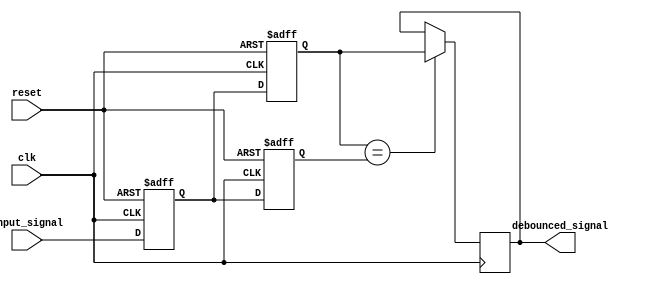
module debounce_circuit(
    input clk,
    input reset,
    input input_signal,
    output reg debounced_signal
);

reg current_state, previous_state;
reg delayed_signal;

always @(posedge clk or posedge reset) begin
    if (reset) begin
        current_state <= 1'b0;
        previous_state <= 1'b0;
    end else begin
        current_state <= input_signal;
        previous_state <= current_state;
    end
end

always @(posedge clk) begin
    if (delayed_signal == previous_state) begin
        debounced_signal <= delayed_signal;
    end
end

always @(posedge clk or posedge reset) begin
    if (reset) begin
        delayed_signal <= 1'b0;
    end else begin
        delayed_signal <= current_state;
    end
end

endmodule